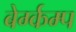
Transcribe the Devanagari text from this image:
बेर्ग्कम्प